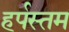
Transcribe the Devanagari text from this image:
हर्पस्तम